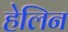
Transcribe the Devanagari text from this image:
हेलिन